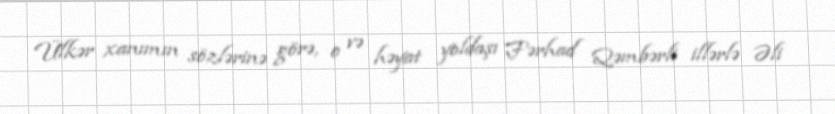
Ülkər xanımın sözlərinə görə, o və həyat yoldaşı Fərhad Qəmbərli illərlə Əli